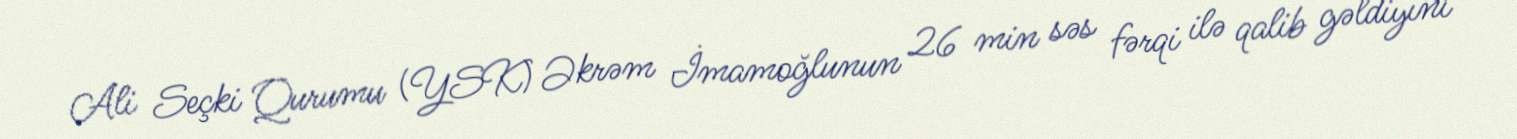
Ali Seçki Qurumu (YSK) Əkrəm İmamoğlunun 26 min səs fərqi ilə qalib gəldiyini